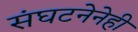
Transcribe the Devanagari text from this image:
संघटनेनेही